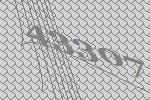
43307